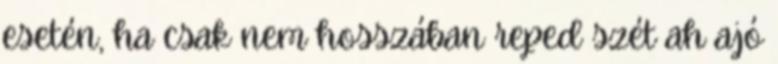
esetén, ha csak nem hosszában reped szét ah ajó